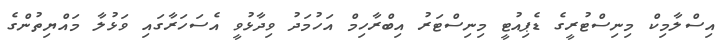
އިސްލާމިކް މިނިސްޓުރީގެ ޑެޕިއުޓީ މިނިސްޓަރު އިބްރާހިމް އަހުމަދު ވިދާޅުވީ އެސަހަރާގައި ވަޅުލާ މައްޔިތުންގެ